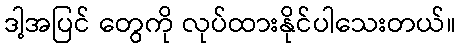
ဒါ့အပြင် တွေကို လုပ်ထားနိုင်ပါသေးတယ်။